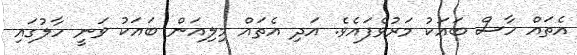
އެތައް ހާސް ބައަކު މަރުވެފައެވެ. އަދި އެތައް މިލިއަން ބައަކު ވަނީ ހާލުގައި